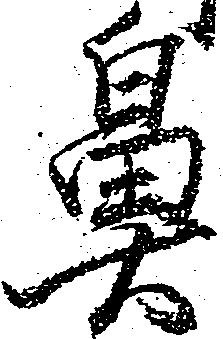
鼻